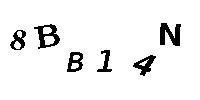
8BB14N